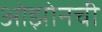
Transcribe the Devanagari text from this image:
ओझोनची